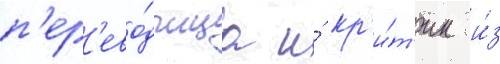
п'ер'ево́дчица и́ кр'и́т'ик и́з